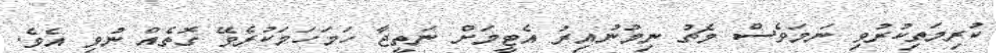
ކުރިމަތިކުރުވި ނަމަވެސް މެޗު ނިމުނުއިރު އެޓީމަށް ނަތީޖާ ހަމަހަމަކުރެވޭ ގޮތެއް ނުވި އެވެ.